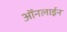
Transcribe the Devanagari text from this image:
ऑंनलाईन